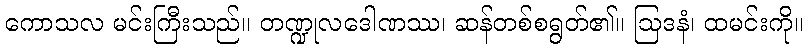
ကောသလ မင်းကြီးသည်။ တဏ္ဍုလဒေါဏဿ၊ ဆန်တစ်စရွတ်၏။ ဩဒနံ၊ ထမင်းကို။